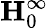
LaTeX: \mathbf{H}_{0}^{\infty}